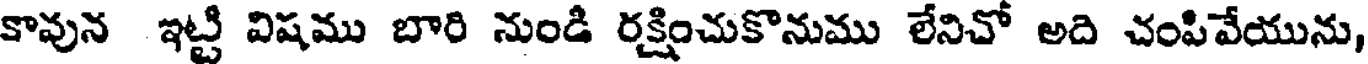
కావున ఇట్టి విషము బారి నుండి రక్షించుకొనుము లేనిచో అది చంపివేయును,